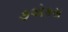
૭એકસ